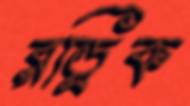
রড্রিক